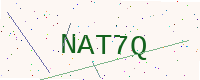
Text: NAT7Q